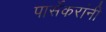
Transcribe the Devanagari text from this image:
पार्सेकरांंनी